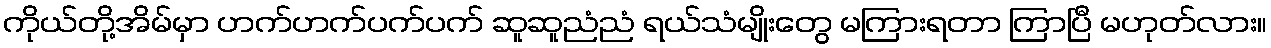
ကိုယ်တို့အိမ်မှာ ဟက်ဟက်ပက်ပက် ဆူဆူညံညံ ရယ်သံမျိုးတွေ မကြားရတာ ကြာပြီ မဟုတ်လား။